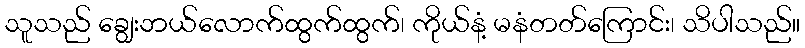
သူသည် ချွေးဘယ်လောက်ထွက်ထွက်၊ ကိုယ်နံ့ မနံတတ်ကြောင်း၊ သိပါသည်။